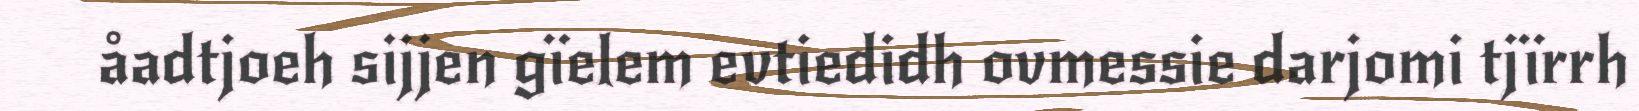
åadtjoeh sijjen gïelem evtiedidh ovmessie darjomi tjïrrh